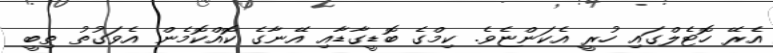
އެރޭ ހޮޓެލްގައި ހުރީ އެކަންޏެވެ. ކިމްގެ ބޮޑީގާޑާއި އޭނާގެ ކޮއްކޮމެން އެވަގުތު ތިބީ